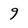
Character: 9